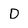
Character: D